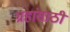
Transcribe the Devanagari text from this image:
ग्रहांसाठी